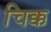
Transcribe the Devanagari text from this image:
चिक्क